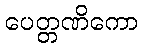
ပေတ္တဏိကော